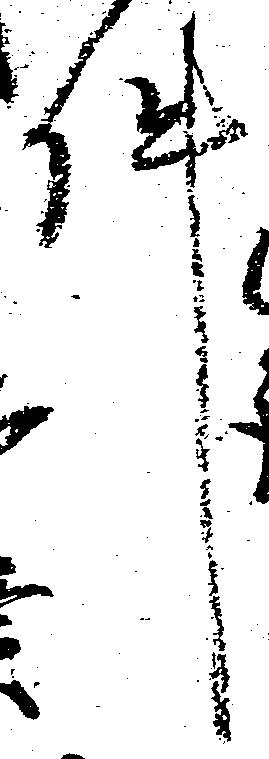
件